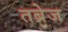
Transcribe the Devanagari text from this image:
तब्रेज